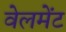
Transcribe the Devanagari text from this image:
वेलमेंट